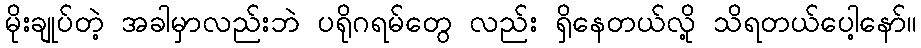
မိုးချုပ်တဲ့ အခါမှာလည်းဘဲ ပရိုဂရမ်တွေ လည်း ရှိနေတယ်လို့ သိရတယ်ပေါ့နော်။